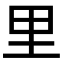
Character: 里